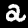
Label: 2